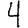
Digit: 4